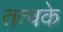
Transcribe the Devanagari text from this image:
तत्वके